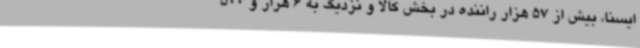
ایسنا، بیش از 57 هزار راننده در بخش کالا و نزدیک به 6 هزار و 500